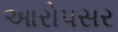
આરોપસર